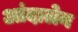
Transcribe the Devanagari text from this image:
आंदालेन